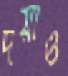
দয়াও